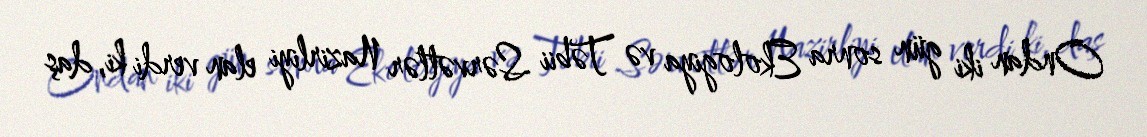
Ondan iki gün sonra Ekologiya və Təbii Sərvətlər Nazirliyi elan verdi ki, daş